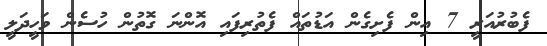
ފެބުރުއަރީ 7 އިން ފެށިގެން އަޑުތައް ފެތުރިފައި އޮންނަ ގޮތުން ހުސެން ވަހީދަލީ